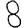
Digit: 8